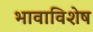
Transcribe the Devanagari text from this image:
भावाविशेष